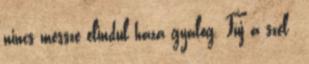
nincs messze elindul haza gyalog. Fúj a szél ,